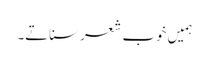
ہمیں خوب شعر سناتے۔